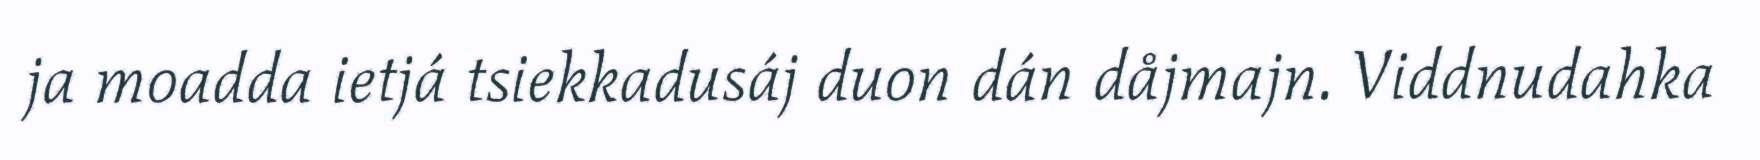
ja moadda ietjá tsiekkadusáj duon dán dåjmajn. Viddnudahka